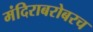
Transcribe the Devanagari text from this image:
मंदिराबरोबरच